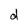
Character: d